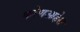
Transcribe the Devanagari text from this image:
कोणआहेस